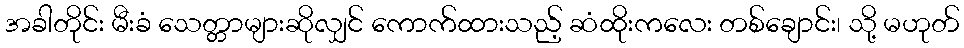
အခါတိုင်း မီးခံ သေတ္တာများဆိုလျှင် ကောက်ထားသည့် ဆံထိုးကလေး တစ်ချောင်း၊ သို့ မဟုတ်